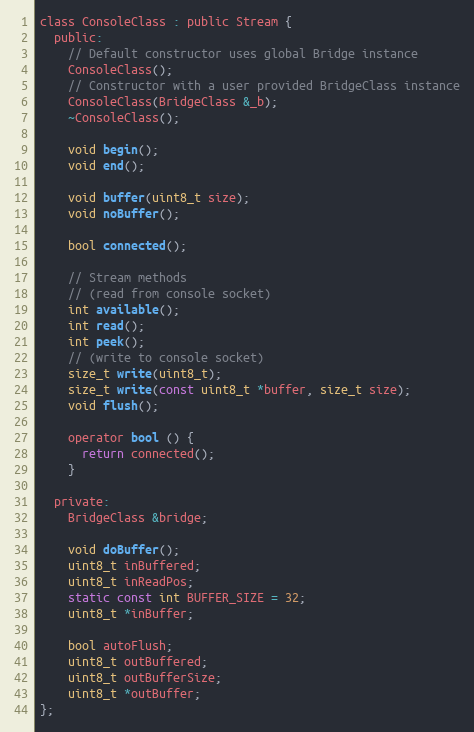
Language: C
class ConsoleClass : public Stream {
  public:
    // Default constructor uses global Bridge instance
    ConsoleClass();
    // Constructor with a user provided BridgeClass instance
    ConsoleClass(BridgeClass &_b);
    ~ConsoleClass();

    void begin();
    void end();

    void buffer(uint8_t size);
    void noBuffer();

    bool connected();

    // Stream methods
    // (read from console socket)
    int available();
    int read();
    int peek();
    // (write to console socket)
    size_t write(uint8_t);
    size_t write(const uint8_t *buffer, size_t size);
    void flush();

    operator bool () {
      return connected();
    }

  private:
    BridgeClass &bridge;

    void doBuffer();
    uint8_t inBuffered;
    uint8_t inReadPos;
    static const int BUFFER_SIZE = 32;
    uint8_t *inBuffer;

    bool autoFlush;
    uint8_t outBuffered;
    uint8_t outBufferSize;
    uint8_t *outBuffer;
};